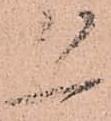
恐